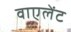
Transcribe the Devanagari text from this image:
वाएलेंट